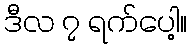
ဒီလ ၇ ရက်ပေါ့။